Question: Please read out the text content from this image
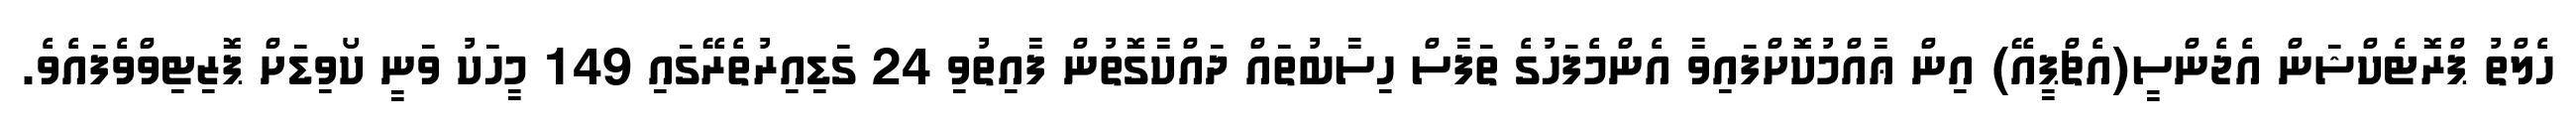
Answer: ހެލްތު ޕްރޮޓެކްޝަން އެޖެންސީ(އެޗްޕީއޭ) އިން ޢާއްމުކޮށްފައިވާ އެންމެފަހުގެ ތަފާސް ހިސާބުތައް ދައްކާގޮތުން ފާއިތުވި 24 ގަޑިއިރުތެރޭގައި 149 މީހަކު ވަނީ ކޯވިޑަށް ޕޮޒިޓިވްވެފައެވެ.